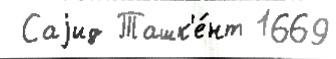
 Саjид Ташк'е́нт 1669